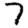
Digit: 7